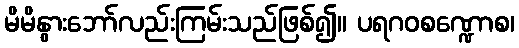
မိမိနွားဘော်လည်းကြမ်းသည်ဖြစ်၍။ ပရဂဝစဏ္ဍောစ၊